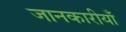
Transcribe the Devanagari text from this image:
जानकारीयाँ